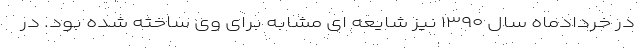
در خردادماه سال ۱۳۹۰ نیز شایعه ای مشابه برای وی ساخته شده بود. در